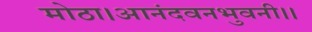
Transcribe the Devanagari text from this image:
मोठा।आनंदवनभुवनी।।